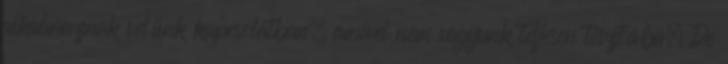
alkalmaznak velünk kapcsolatban, amivel nem vagyunk teljesen tisztába. De